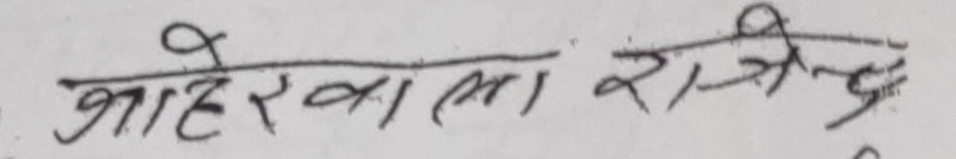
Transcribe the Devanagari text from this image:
जाहेरवाला राजेन्द्र